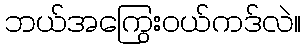
ဘယ်အကြွေးဝယ်ကဒ်လဲ။